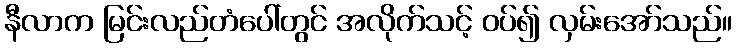
နီလာက မြင်းလည်တံပေါ်တွင် အလိုက်သင့် ဝပ်၍ လှမ်းအော်သည်။